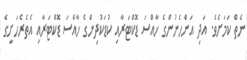
ނެތް ކަމަށެވެ. އަދި އަންހެނުންގެ ޚާއްސަ ޑޮކްޓަރާއި ކުޑަކުދިންގެ ޚާއްސަ ޑޮކްޓަރާއި އެތެރެހަށީގެ